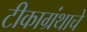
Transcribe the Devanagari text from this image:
टीकाग्रंथाचे